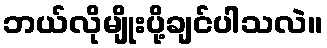
ဘယ်လိုမျိုးပို့ချင်ပါသလဲ။